画像に写った文字を読んでください
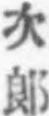
「次郞」と書いてあります